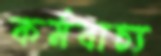
কর্মবাচ্য